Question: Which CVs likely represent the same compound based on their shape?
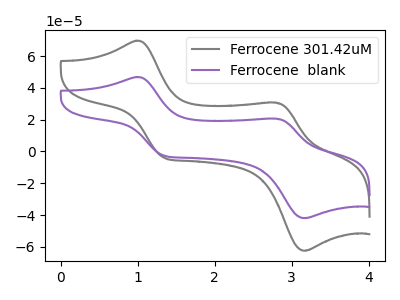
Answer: <think>The gray curve "Ferrocene 301.42uM" has anodic peaks at (1.00V, 69.65uA) (2.80V, 30.70uA) and cathodic peaks at (1.35V, -4.05uA) (3.15V, -62.40uA). The purple curve "Ferrocene  blank" has anodic peaks at (1.00V, 46.80uA) (2.80V, 20.60uA) and cathodic peaks at (1.35V, -2.70uA) (3.15V, -41.90uA).
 All the peaks in "Ferrocene 301.42uM" have a peak in "Ferrocene  blank" at the same potential. Every peak in "Ferrocene 301.42uM" is higher than every peak in "Ferrocene  blank".</think>
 <answer>"Ferrocene  blank" and "Ferrocene 301.42uM" have the same shape and are likely CV's of the same chemical.</answer>
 <eval>"Ferrocene  blank" "Ferrocene 301.42uM"</eval>